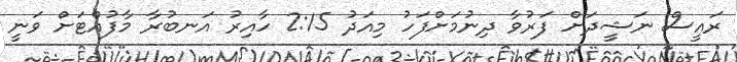
ރައީސް ނަޝީދަށް ފަރުވާ ދިނުމަށްފަހު މިއަދު 2:15 ހާއިރު އަނބުރާ މާފުއްޓަށް ވަނީ